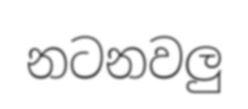
නටනවලු